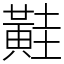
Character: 黊